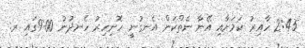
2:45 ހާއިރު ކަމަށާއި އޭނާ ނެތްކަން އެނގުނީ ހޮނިހިރު ހެނދުނު 9:00ގައި ރ.